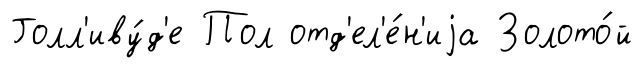
Голл'иву́д'е Пол отд'ел'е́н'иjа Золото́й